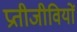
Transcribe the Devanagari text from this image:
प्रतीजीवियों